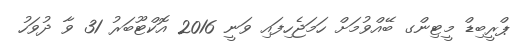
ޕްރީބިޑް މީޓިންގ ބޭއްވުމަށް ހަމަޖެހިފައި ވަނީ 2016 އޮކްޓޫބަރު 31 ވާ ދުވަހު